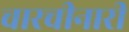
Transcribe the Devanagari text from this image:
चारचीनारी